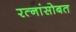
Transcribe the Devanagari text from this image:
रत्नांसोबत